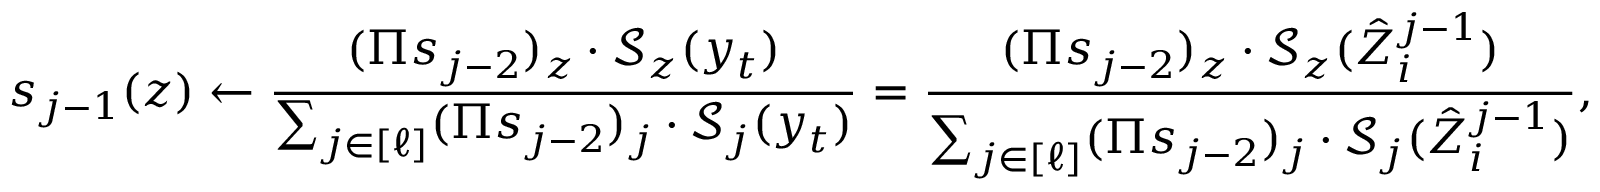
s _ { j - 1 } ( z ) \gets \frac { ( \Pi s _ { j - 2 } ) _ { z } \cdot \mathcal { S } _ { z } ( y _ { t } ) } { \sum _ { j \in [ \ell ] } ( \Pi s _ { j - 2 } ) _ { j } \cdot \mathcal { S } _ { j } ( y _ { t } ) } = \frac { ( \Pi s _ { j - 2 } ) _ { z } \cdot \mathcal { S } _ { z } ( \hat { Z } _ { i } ^ { j - 1 } ) } { \sum _ { j \in [ \ell ] } ( \Pi s _ { j - 2 } ) _ { j } \cdot \mathcal { S } _ { j } ( \hat { Z } _ { i } ^ { j - 1 } ) } ,